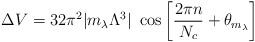
LaTeX: \begin{align*}\Delta V = 32 \pi^2 |m_\lambda \Lambda^3|~ \cos \left[ {2 \pi n \over N_c} +\theta_{m_\lambda} \right]\end{align*}